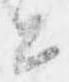
と